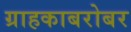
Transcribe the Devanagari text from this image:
ग्राहकाबरोबर